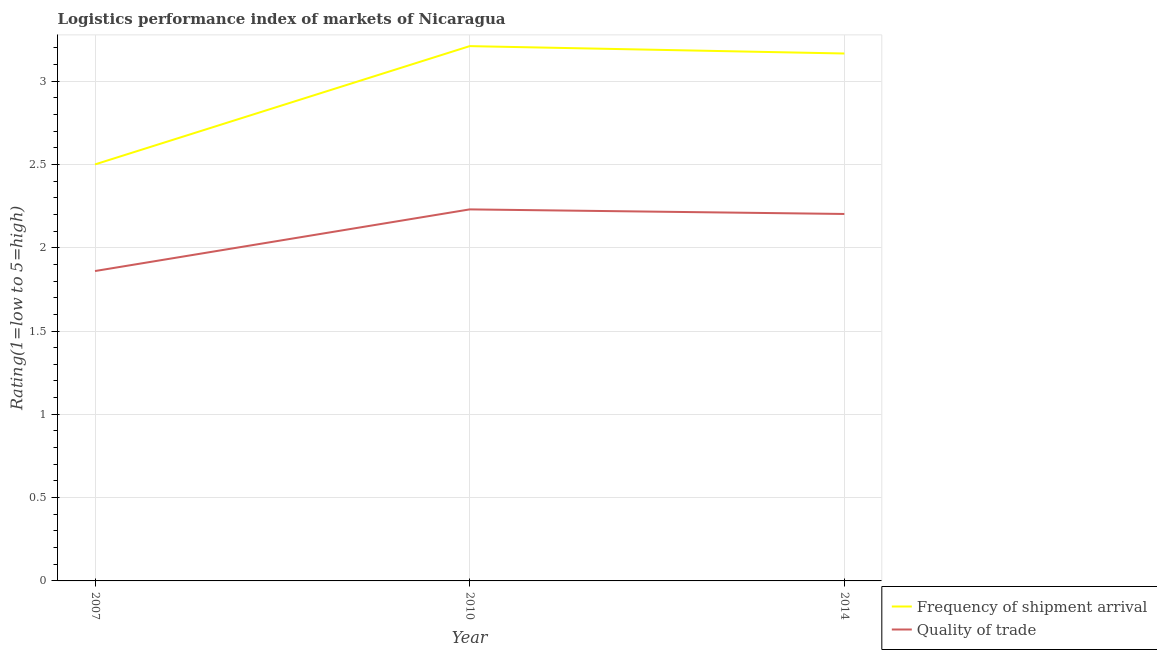
| Year | Frequency of shipment arrival | Quality of trade |
 | --- | --- | --- |
 | 2007 | 2.5 | 1.86 |
 | 2010 | 3.21 | 2.23 |
 | 2014 | 3.17 | 2.2 |